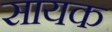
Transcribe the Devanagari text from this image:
सायक